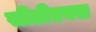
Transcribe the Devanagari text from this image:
सीडीएक्स